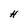
Character: H